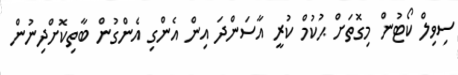
ސިވިލް ކޯޓުން މިގޮތަށް ޙުކުމް ކުރީ އާސަންދަ އިން އެންގި އެންގުން ބާތިކޮށްދިނުން